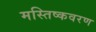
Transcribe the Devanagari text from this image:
मस्तिष्कवरण